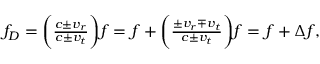
\begin{array} { r } { f _ { D } = \bigg ( \frac { c \pm v _ { r } } { c \pm v _ { t } } \bigg ) f = f + \bigg ( \frac { \pm v _ { r } \mp v _ { t } } { c \pm v _ { t } } \bigg ) f = f + \Delta f , } \end{array}